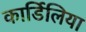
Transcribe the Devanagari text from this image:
कार्डिलिया